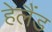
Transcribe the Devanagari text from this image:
हेलैंड